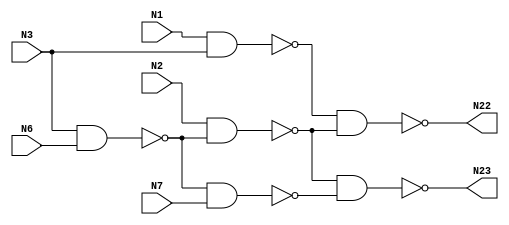

// Generated by Cadence Genus(TM) Synthesis Solution 16.22-s033_1
// Generated on: Jan 17 2020 11:33:08 EST (Jan 17 2020 16:33:08 UTC)

// Verification Directory fv/c17 

module c17(N1, N2, N3, N6, N7, N22, N23);
  input N1, N2, N3, N6, N7;
  output N22, N23;
  wire N1, N2, N3, N6, N7;
  wire N22, N23;
  wire N10, N11, N16, N19;
  nand NAND2_1 (N10, N1, N3);
  nand NAND2_2 (N11, N3, N6);
  nand NAND2_3 (N16, N2, N11);
  nand NAND2_4 (N19, N11, N7);
  nand NAND2_5 (N22, N10, N16);
  nand NAND2_6 (N23, N16, N19);
endmodule